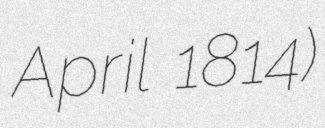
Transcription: April 1814)